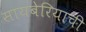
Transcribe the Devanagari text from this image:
सायबेरियाची